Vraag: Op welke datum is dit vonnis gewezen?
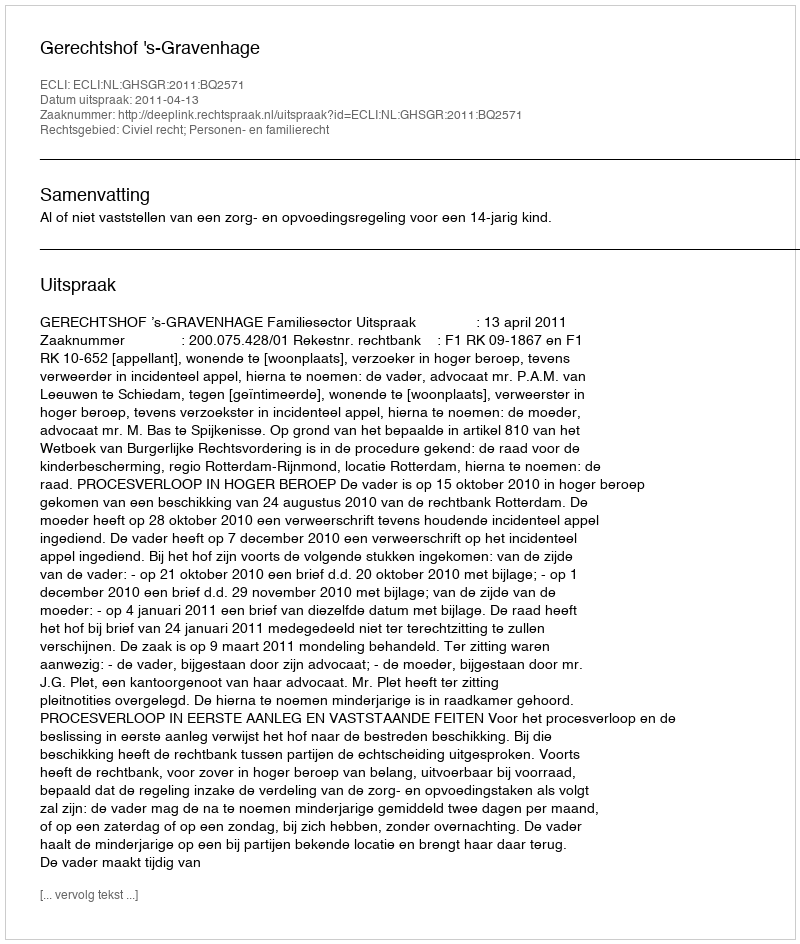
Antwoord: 2011-04-13